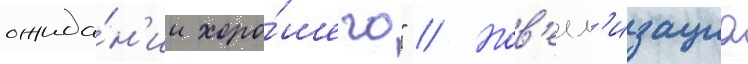
ожида́н'ии хоро́шего" // Нов'елл'изациа